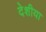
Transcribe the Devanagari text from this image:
देशीया